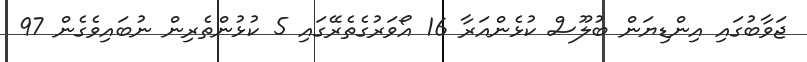
ޖަވާބުގައި އިންޑިޔަން ބުލޫސް ކުޅެންއަރާ 16 އޯވަރުގެތެރޭގައި 5 ކުޅުންތެރިން ނުބައިވެގެން 97